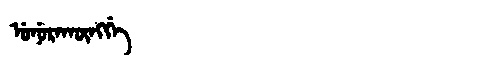
Manchu: ᡠᠨᡠᡵᠠᡴᡡᠩᡤᡝ
Romanization: UNURAKŪNGGE